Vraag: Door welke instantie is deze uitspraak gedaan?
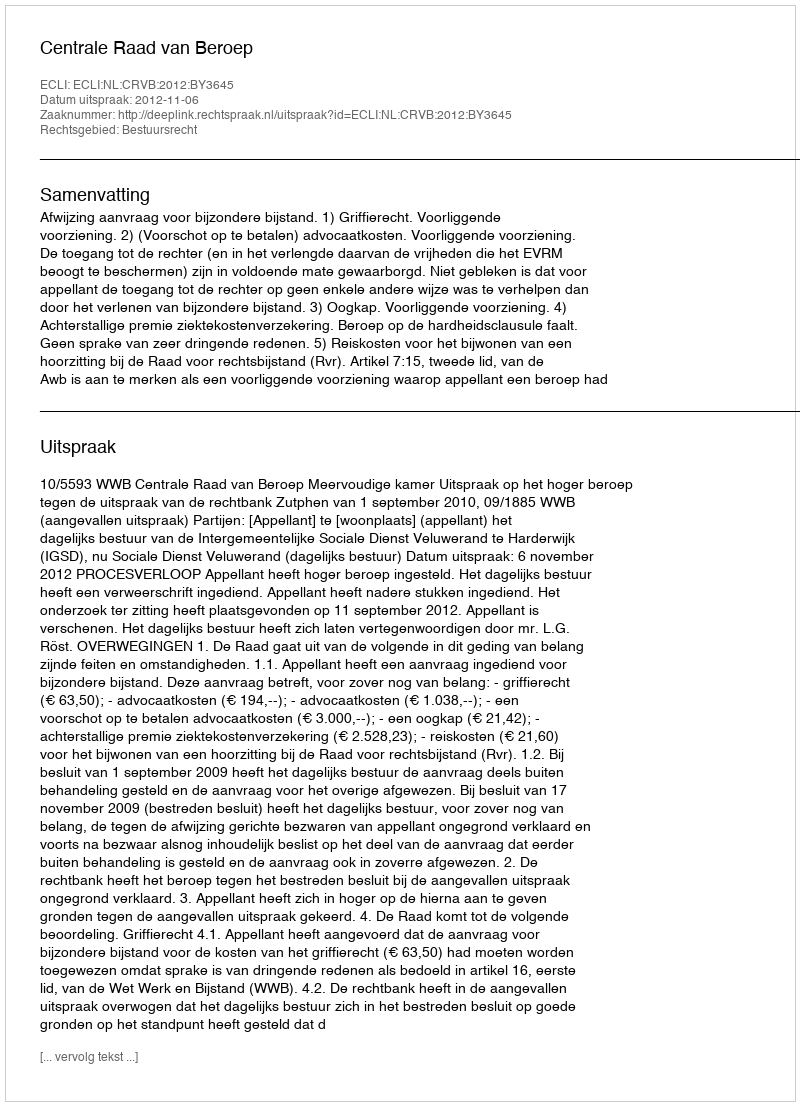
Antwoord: Centrale Raad van Beroep